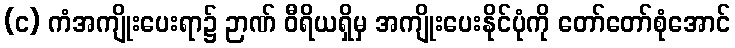
(င) ကံအကျိုးပေးရာ၌ ဉာဏ် ဝီရိယရှိမှ အကျိုးပေးနိုင်ပုံကို တော်တော်စုံအောင်